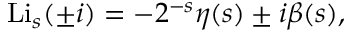
\operatorname { L i } _ { s } ( \pm i ) = - 2 ^ { - s } \eta ( s ) \pm i \beta ( s ) ,